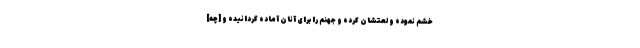
خشم نموده و لعتشان كرده و جهنم را براى آنان آماده گردانيده و [چه]